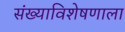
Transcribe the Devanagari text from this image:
संख्याविशेषणाला